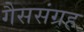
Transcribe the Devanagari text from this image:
गैससंग्रह